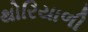
થોરિયાળી